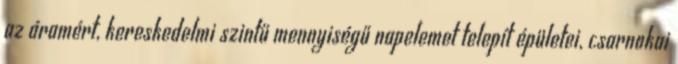
az áramért, kereskedelmi szintű mennyiségű napelemet telepít épületei, csarnokai